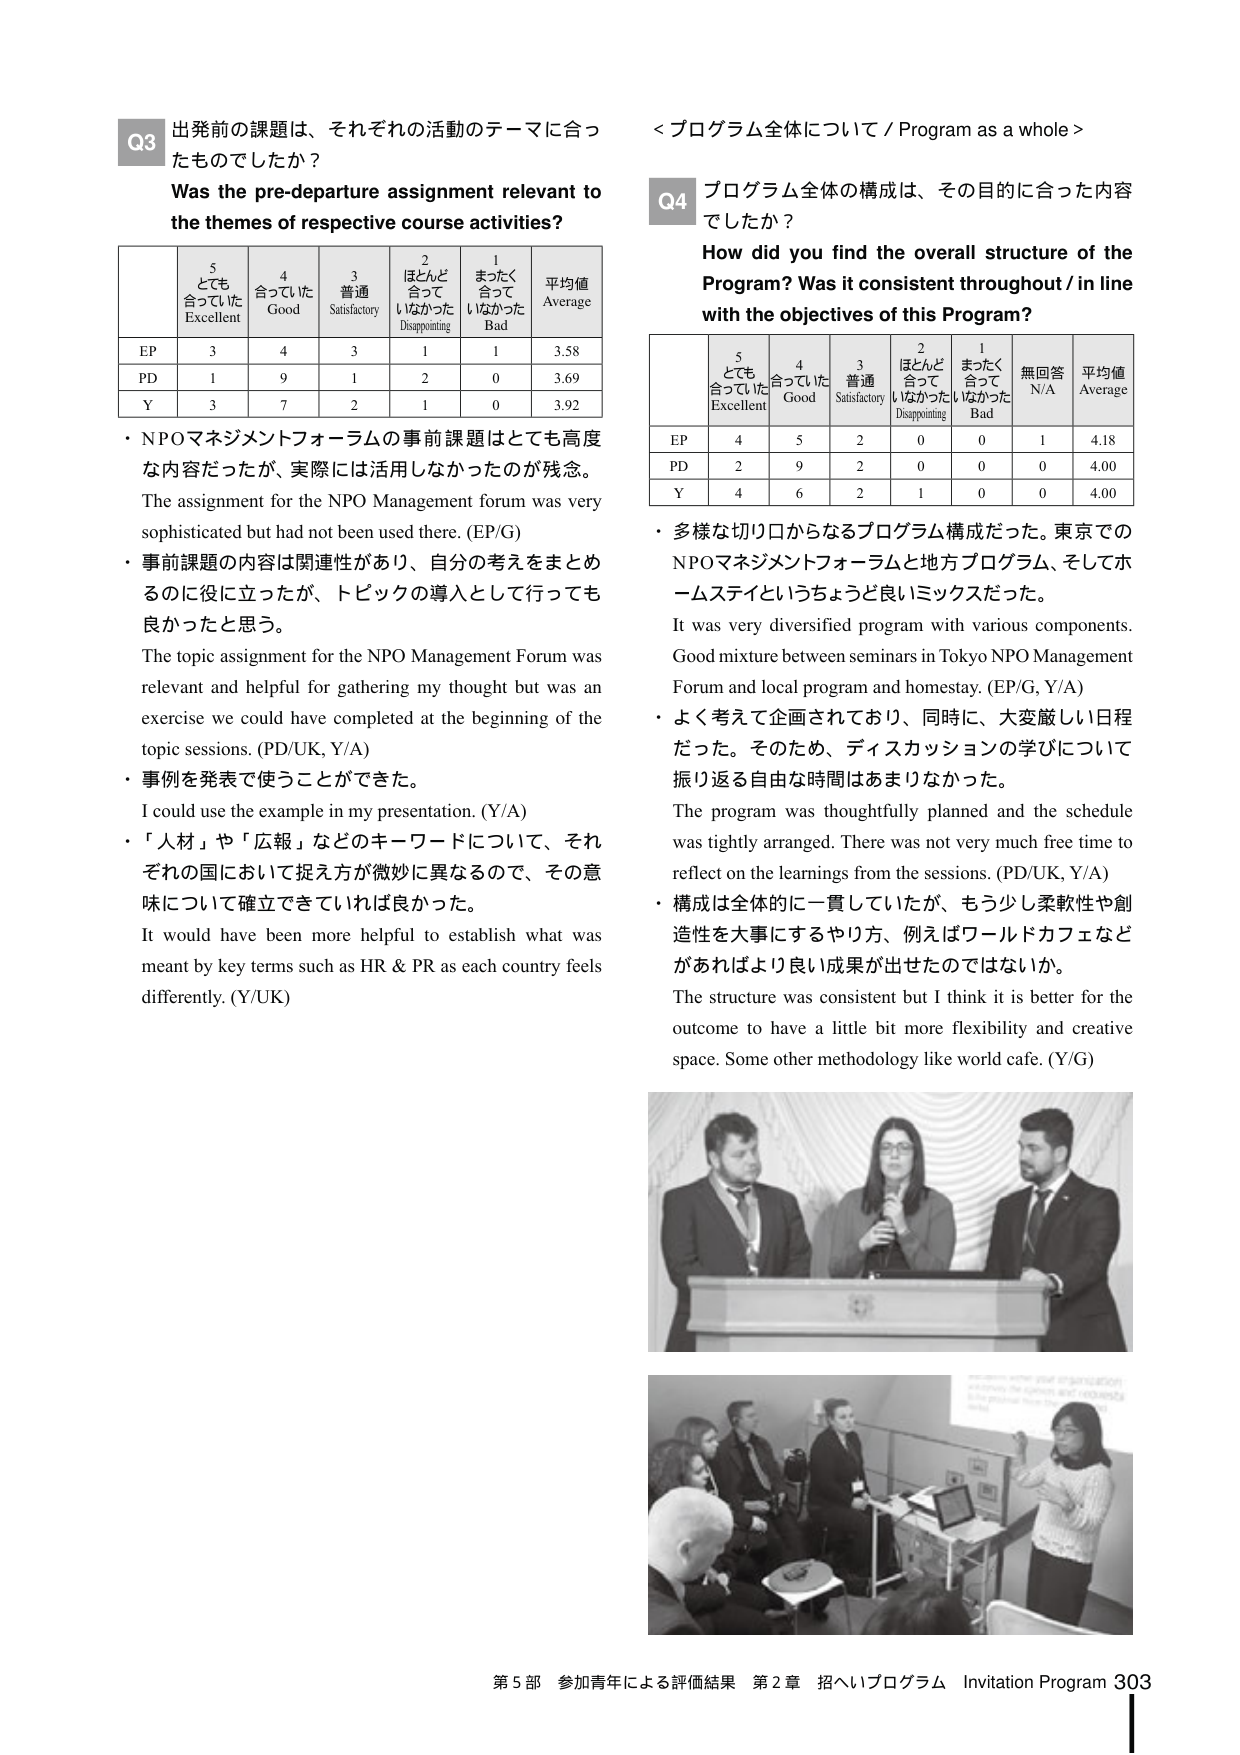
Q3 出発前の課題は、それぞれの活動のテーマに合ったものでしたか？
Was the pre-departure assignment relevant to the themes of respective course activities?

5 とても合っていた Excellent
4 合っていた Good
3 普通 Satisfactory
2 ほとんど合っていなかった Disappointing
1 まったく合っていなかった Bad
平均値 Average

EP 3 4 3 1 1 3.58
PD 1 9 1 2 0 3.69
Y 3 7 2 1 0 3.92

・NPOマネジメントフォーラムの事前課題はとても高度な内容だったが、実際には活用しなかったのが残念。
The assignment for the NPO Management forum was very sophisticated but had not been used there. (EP/G)
・事前課題の内容は関連性があり、自分の考えをまとめるのに役に立ったが、トピックの導入として行っても良かったと思う。
The topic assignment for the NPO Management Forum was relevant and helpful for gathering my thought but was an exercise we could have completed at the beginning of the topic sessions. (PD/UK, Y/A)
・事例を発表で使うことができた。
I could use the example in my presentation. (Y/A)
・「人材」や「広報」などのキーワードについて、それぞれの国において捉え方が微妙に異なるので、その意味について確立できていれば良かった。
It would have been more helpful to establish what was meant by key terms such as HR & PR as each country feels differently. (Y/UK)

<プログラム全体について / Program as a whole>
Q4 プログラム全体の構成は、その目的に合った内容でしたか？
How did you find the overall structure of the Program? Was it consistent throughout / in line with the objectives of this Program?

5 とても合っていた Excellent
4 合っていた Good
3 普通 Satisfactory
2 ほとんど合っていなかった Disappointing
1 まったく合っていなかった Bad
無回答 N/A
平均値 Average

EP 4 5 2 0 0 1 4.18
PD 2 9 2 0 0 0 4.00
Y 4 6 2 1 0 0 4.00

・多様な切り口からなるプログラム構成だった。東京でのNPOマネジメントフォーラムと地方プログラム、そしてホームステイというちょうど良いミックスだった。
It was very diversified program with various components. Good mixture between seminars in Tokyo NPO Management Forum and local program and homestay. (EP/G, Y/A)
・よく考えて企画されており、同時に、大変厳しい日程だった。そのため、ディスカッションの学びについて振り返る自由な時間はあまりなかった。
The program was thoughtfully planned and the schedule was tightly arranged. There was not very much free time to reflect on the learnings from the sessions. (PD/UK, Y/A)
・構成は全体的に一貫していたが、もう少し柔軟性や創造性を大事にするやり方、例えばワールドカフェなどがあればより良い成果が出せたのではないか。
The structure was consistent but I think it is better for the outcome to have a little bit more flexibility and creative space. Some other methodology like world cafe. (Y/G)

第5部 参加青年による評価結果 第2章 招へいプログラム Invitation Program 303